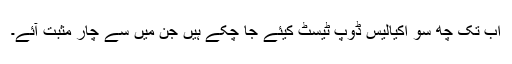
اب تک چھ سو اکیالیس ڈوپ ٹیسٹ کیئے جا چکے ہیں جن میں سے چار مثبت آئے۔